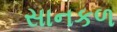
સાનકળ